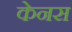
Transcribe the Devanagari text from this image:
केनस